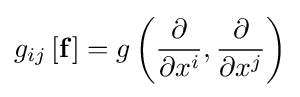
g_{ij}\left[\mathbf {f} \right]=g\left({\frac {\partial }{\partial x^{i}}},{\frac {\partial }{\partial x^{j}}}\right)